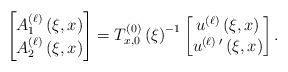
LaTeX: \begin{align*} \begin{bmatrix}A_{1}^{\left(\ell\right)}\left(\xi,x\right)\\A_{2}^{\left(\ell\right)}\left(\xi,x\right)\end{bmatrix}=T^{(0)}_{x,0}\left(\xi\right)^{-1}\begin{bmatrix}u^{\left(\ell\right)}\left(\xi,x\right)\\u^{\left(\ell\right)}\,'\left(\xi,x\right)\end{bmatrix}.\end{align*}